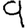
Digit: 9